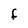
Character: F